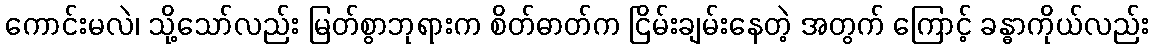
ကောင်းမလဲ၊ သို့သော်လည်း မြတ်စွာဘုရားက စိတ်ဓာတ်က ငြိမ်းချမ်းနေတဲ့ အတွက် ကြောင့် ခန္ဓာကိုယ်လည်း